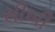
સીખી